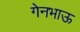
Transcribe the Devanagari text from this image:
गेनभाऊ